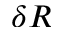
\delta R